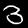
Label: 3